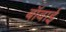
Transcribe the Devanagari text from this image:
बॉवाई